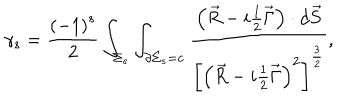
\gamma _ { s } = \frac { \left( - 1 \right) ^ { s } } 2 \int _ { \Sigma _ { s } } \int _ { \partial \Sigma _ { s } = { \bf c } } \frac { \left( \vec { R } - i \frac 1 2 \vec { \Gamma } \right) \cdot d \vec { S } } { \left[ \left( \vec { R } - i \frac 1 2 \vec { \Gamma } \right) ^ { 2 } \right] ^ { \frac 3 2 } } ,